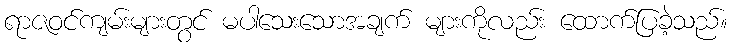
ရာဇဝင်ကျမ်းများတွင် မပါသေးသောအချက် များကိုလည်း ထောက်ပြခဲ့သည်။